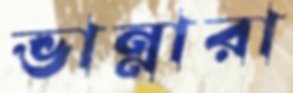
ভান্নারা